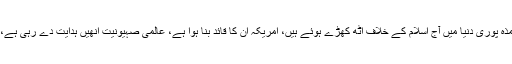
کفر کے سارے پنڈے، باطل کے سارے بندے اور شیطان کے سارے تلامذہ پوری دنیا میں آج اسلام کے خلاف اُٹھ کھڑے ہوئے ہیں، امریکہ ان کا قائد بنا ہوا ہے، عالمی صہیونیت انھیں ہدایت دے رہی ہے، صہیونیت زدہ مسیحیت اور عالمی صنم پرستی، اس کے ساتھ کھڑی ہے۔